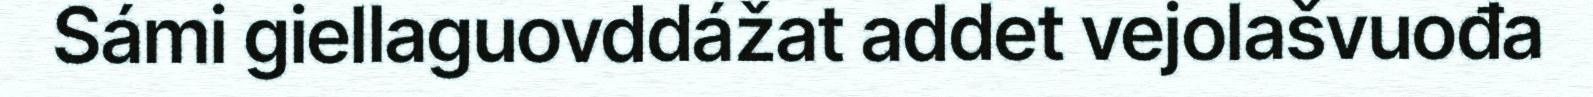
Sámi giellaguovddážat addet vejolašvuođa